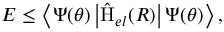
E \leq \left\langle \Psi ( \boldsymbol { \theta } ) \left| \hat { \mathrm { H } } _ { e l } ( \boldsymbol { R } ) \right| \Psi ( \boldsymbol { \theta } ) \right\rangle ,